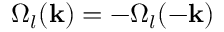
\Omega _ { l } ( \mathbf { k } ) = - \Omega _ { l } ( - \mathbf { k } )